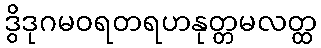
ဒွိဒုဂမဝရတရဟနုတ္တမလတ္ထ